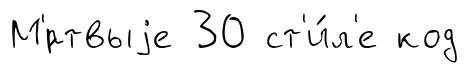
М'́ртвыjе 30 ст'и́л'е код